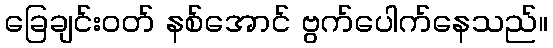
ခြေချင်းဝတ် နစ်အောင် ဗွက်ပေါက်နေသည်။